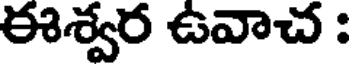
ఈశ్వర ఉవాచ :